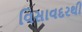
વિસાવદરથી